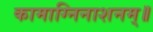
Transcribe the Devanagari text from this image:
कामाग्निनाशनम्॥